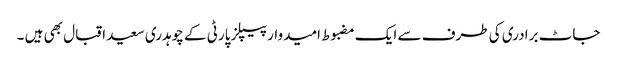
جاٹ برادری کی طرف سے ایک مضبوط امیدوار پیپلز پارٹی کے چوہدری سعید اقبال بھی ہیں ۔